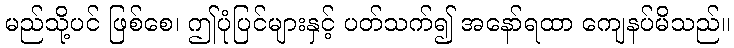
မည်သို့ပင် ဖြစ်စေ၊ ဤပုံပြင်များနှင့် ပတ်သက်၍ အနော်ရထာ ကျေနပ်မိသည်။